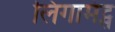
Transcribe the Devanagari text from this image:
लिगामंट्स